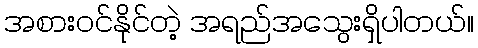
အစားဝင်နိုင်တဲ့ အရည်အသွေးရှိပါတယ်။